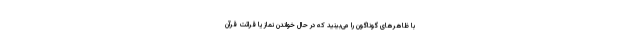
با ظاهرهای گوناگون را می‌بینید که در حال خواندن نماز یا قرائت قرآن